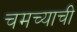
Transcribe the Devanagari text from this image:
चमच्याची